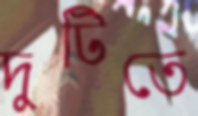
দুটিতে